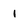
Character: i